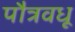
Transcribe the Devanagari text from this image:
पौत्रवधू